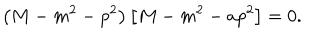
\left( M - m ^ { 2 } - p ^ { 2 } \right) \left[ M - m ^ { 2 } - a p ^ { 2 } \right] = 0 .